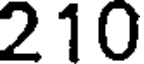
210